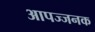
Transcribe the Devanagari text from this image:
आपज्जनक